Civil Veterinary Dept. Bombay admin report 1923-31 - 1923-1931
Year: 1923
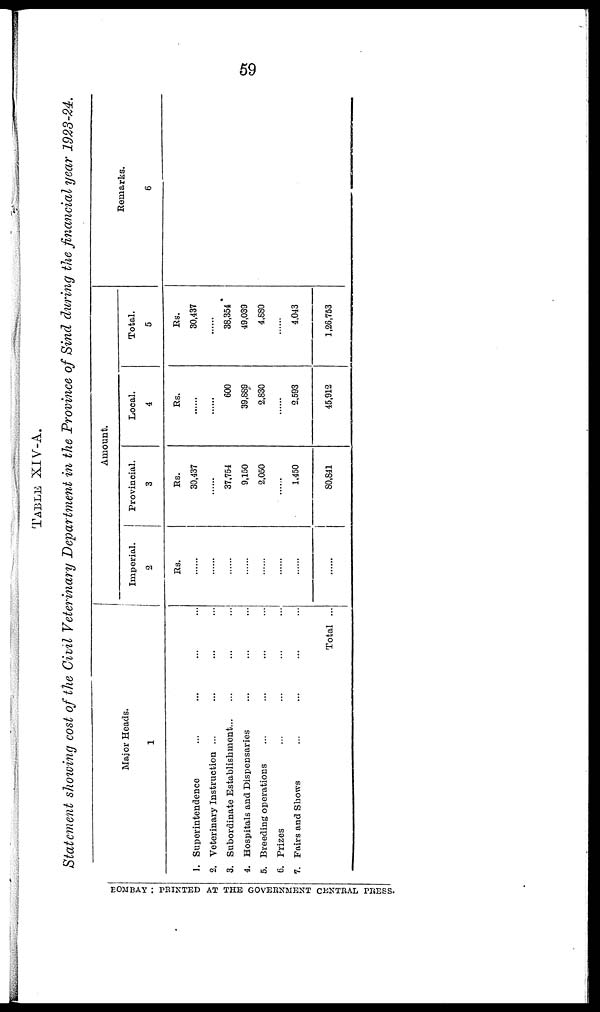
59
TABLE XIV-A.
Statement showing cost of the Civil Veterinary Department in the Province of Sind during the financial year 1923-24.
Major Heads.
1
1. Superintendence ... ... ... ...
2. Veterinary Instruction ... ... ... ...
3. Subordinate Establishment ... ... ... ...
4. Hospitals and Dispensaries ... ... ...
5. Breeding operations ... ... ... ...
6. Prizes ... ... ... ...
7. Fairs and Shows ... ... ... ...
Total ...
Amount.
Imperial.
2
Rs.
......
......
......
......
......
......
......
Provincial.
3
Rs.
80.437
......
37,754
6,160
2,060
......
1,450
80,341
Local.
4
Rs.
......
......
600
39,889
2,880
......
2,593
48,912
Total.
5
Rs.
30,487
......
38,354
49,039
4330
......
4,043
1,26,753
Remarks.
6
BOMBAY : PRINTED AT THE GOVERNMENT CENTRAL PRESS.